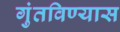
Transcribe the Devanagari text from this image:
गुंतविण्यास